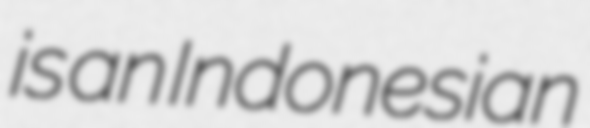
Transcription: is an Indonesian